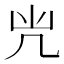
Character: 𠘽